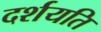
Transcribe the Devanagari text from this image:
दर्शयति